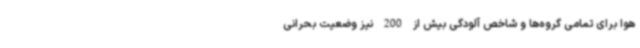
هوا برای تمامی گروه‌ها و شاخص آلودگی بیش از 200 نیز وضعیت بحرانی